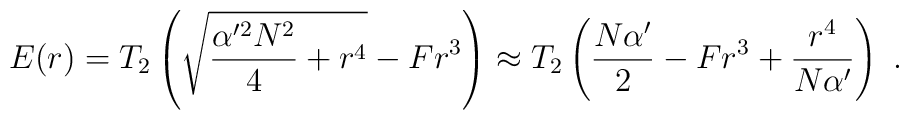
E(r) = T_2 \left(\sqrt{{\alpha'^2 N^2 \over 4} + r^4} - F r^3\right)\approx T_2 \left( {N \alpha' \over 2} - F r^3 + {r^4 \over N\alpha'}\right) \ .